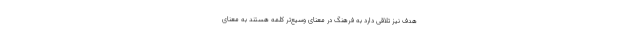
هدف نیز تلاقی دارد به فرهنگ در معنای وسیع‌تر کلمه هستند به معنای